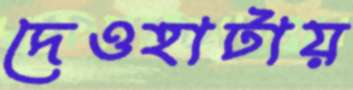
দেওহাটায়